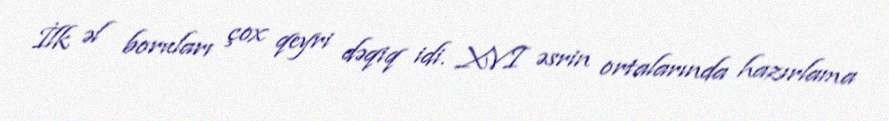
İlk əl boruları çox qeyri dəqiq idi. XVI əsrin ortalarında hazırlama